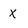
Character: x